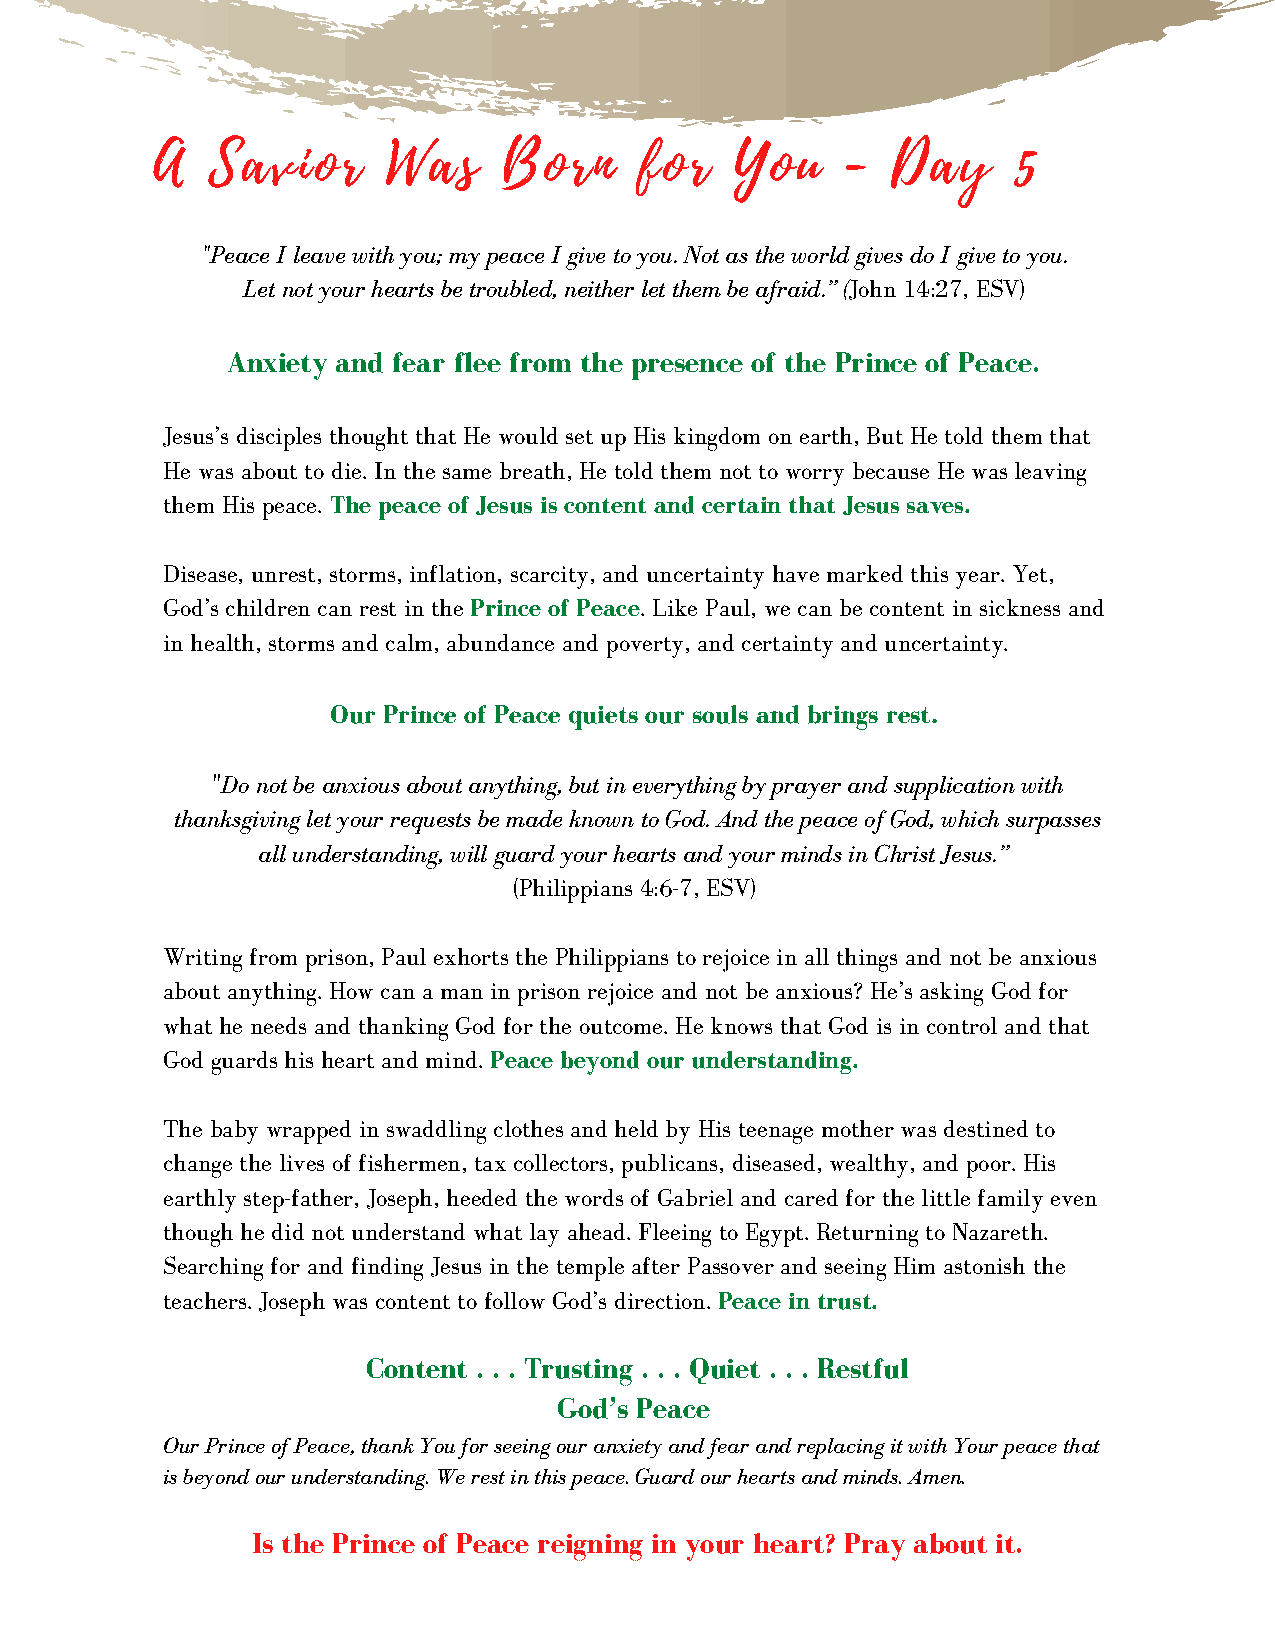
A   Savior      Was    Born     for    You    -  Day     5
 "Peace I leave with you; my peace I give to you. Not as the world gives do I give to you.
 Let not your hearts be troubled, neither let them be afraid.” (John 14:27, ESV)
 Anxiety and fear flee from the presence of the Prince of Peace.
 Jesus’s disciples thought that He would set up His kingdom on earth, But He told them that
 He was about to die. In the same breath, He told them not to worry because He was leaving
 them His peace. The peace of Jesus is content and certain that Jesus saves.
 Disease, unrest, storms, inflation, scarcity, and uncertainty have marked this year. Yet,
 God’s children can rest in the Prince of Peace. Like Paul, we can be content in sickness and
 in health, storms and calm, abundance and poverty, and certainty and uncertainty.
 Our Prince of Peace quiets our souls and brings rest.
 "Do not be anxious about anything, but in everything by prayer and supplication with
 thanksgiving let your requests be made known to God. And the peace of God, which surpasses
 all understanding, will guard your hearts and your minds in Christ Jesus.”
 (Philippians 4:6-7, ESV)
 Writing from prison, Paul exhorts the Philippians to rejoice in all things and not be anxious
 about anything. How can a man in prison rejoice and not be anxious? He’s asking God for
 what he needs and thanking God for the outcome. He knows that God is in control and that
 God guards his heart and mind. Peace beyond our understanding.
 The baby wrapped in swaddling clothes and held by His teenage mother was destined to
 change the lives of fishermen, tax collectors, publicans, diseased, wealthy, and poor. His
 earthly step-father, Joseph, heeded the words of Gabriel and cared for the little family even
 though he did not understand what lay ahead. Fleeing to Egypt. Returning to Nazareth.
 Searching for and finding Jesus in the temple after Passover and seeing Him astonish the
 teachers. Joseph was content to follow God’s direction. Peace in trust.
 Content . . . Trusting . . . Quiet . . . Restful
 God’s Peace
 Our Prince of Peace, thank You for seeing our anxiety and fear and replacing it with Your peace that
 is beyond our understanding. We rest in this peace. Guard our hearts and minds. Amen.
 Is the Prince of Peace reigning in your heart? Pray about it.